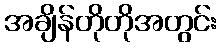
အချိန်တိုတိုအတွင်း